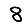
Digit: 8